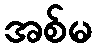
အစ်မ